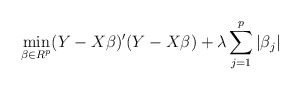
\begin{align*}\mathop{\min}_{\beta \in R^p} (Y-X\beta)'(Y-X\beta) + \lambda\sum_{j=1}^p |\beta_j|\end{align*}